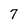
Character: 7